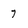
Character: 7